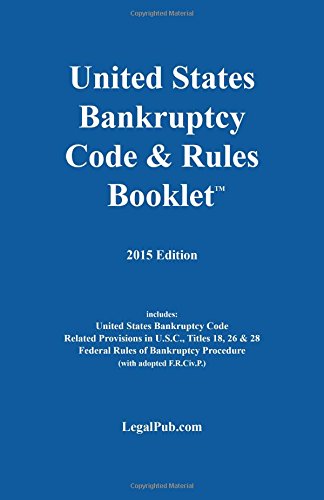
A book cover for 2015 U.S. Bankruptcy Code & Rules Booklet; LegalPub.com; Law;